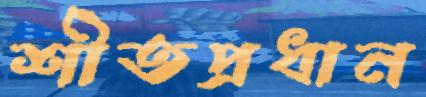
শীতপ্রধান